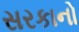
સરકાનો